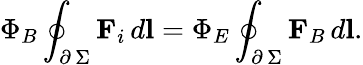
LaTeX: \Phi_{B}\oint_{\scriptstyle\partial\, \Sigma}\textbf{F}_{i}\, d\textbf{l}=\Phi_{E}\oint_{\scriptstyle\partial\, \Sigma}\textbf{F}_{B}\, d\textbf{l}.